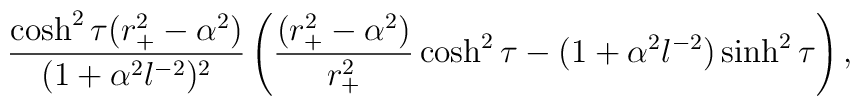
{\cosh^2 \tau (r_+^2-\alpha^2) \over (1 + \alpha^2 l^{-2})^2} \left({(r_+^2-\alpha^2)  \over r_+^2}\cosh^2 \tau - (1 + \alpha^2 l^{-2}) \sinh^2 \tau \right),